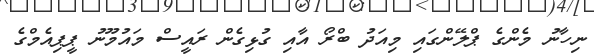
ނިހާނު މެންގެ ޕްލޭންގައި މިއަދު ބްރޯ އާއި ގުޅިގެން ރައީސް މައުމޫނު ޕީޕިއެމްގެ